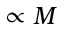
\propto M